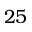
2 5